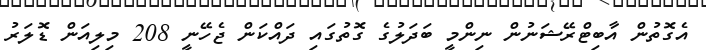
އެގޮތުން އާބިޓްރޭޝަނުން ނިންމީ ބަދަލުގެ ގޮތުގައި ދައްކަން ޖެހޭނީ 208 މިލިއަން ޑޮލަރު